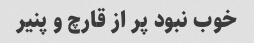
خوب نبود پر از قارچ و پنیر